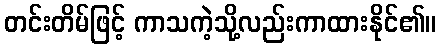
တင်းတိမ်ဖြင့် ကာသကဲ့သို့လည်းကာထားနိုင်၏။